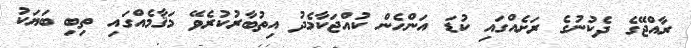
ރާއްޖޭގެ ދެކުނުގެ ރަށެއްގައި ކުޑަ އަންހެން ކުއްޖަކާމެދު އިތުބާރުކުރެވޭ މަޤާމެއްގައި ތިބި ބަޔަކު